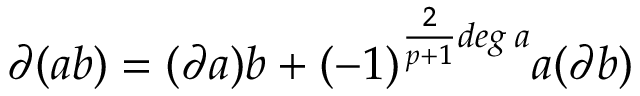
\partial ( a b ) = ( \partial a ) b + ( - 1 ) ^ { \frac { 2 } { p + 1 } d e g \; a } a ( \partial b )